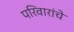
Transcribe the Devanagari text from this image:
परिवारांचे